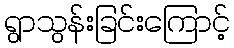
ရွာသွန်းခြင်းကြောင့်